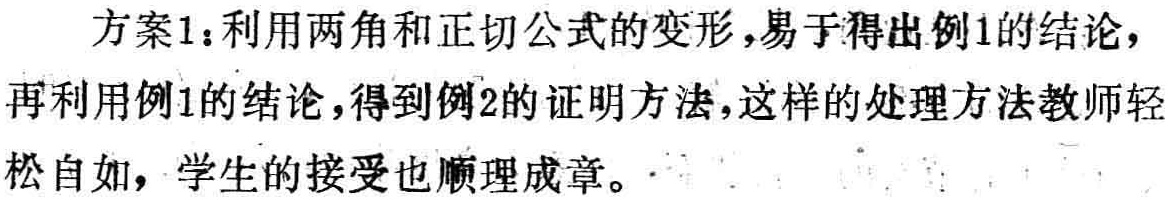
方案1：利用两角和正切公式的变形，易于得出例1的结论，再利用例1的结论，得到例2的证明方法，这样的处理方法教师轻松自如，学生的接受也顺理成章。